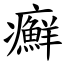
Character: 癬